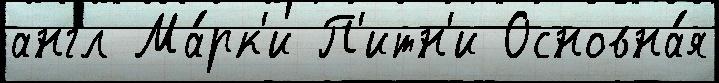
англ Ма́рк'и П'итн'и Основна́я